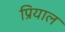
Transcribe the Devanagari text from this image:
प्रियाल